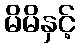
မိမိနှင့်